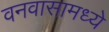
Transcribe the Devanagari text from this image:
वनवासामध्ये